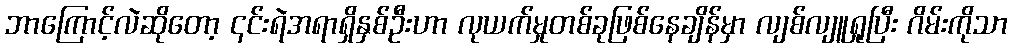
ဘာကြောင့်လဲဆိုတော့ ၎င်းရဲအရာရှိနှစ်ဦးဟာ လုယက်မှုတစ်ခုဖြစ်နေချိန်မှာ လျစ်လျူရှုပြီး ဂိမ်းကိုသာ